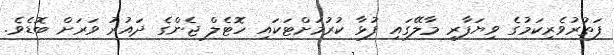
ފަތުރުވެރިކަމުގެ ވިޔަފާރި މާލޭގައި ފުޅާ ކުރުމަށްޓަކައި ހޮޓެލް ޖެންގެ ދައުރު ވަރަށް ބޮޑެވެ.